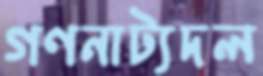
গণনাট্যদল